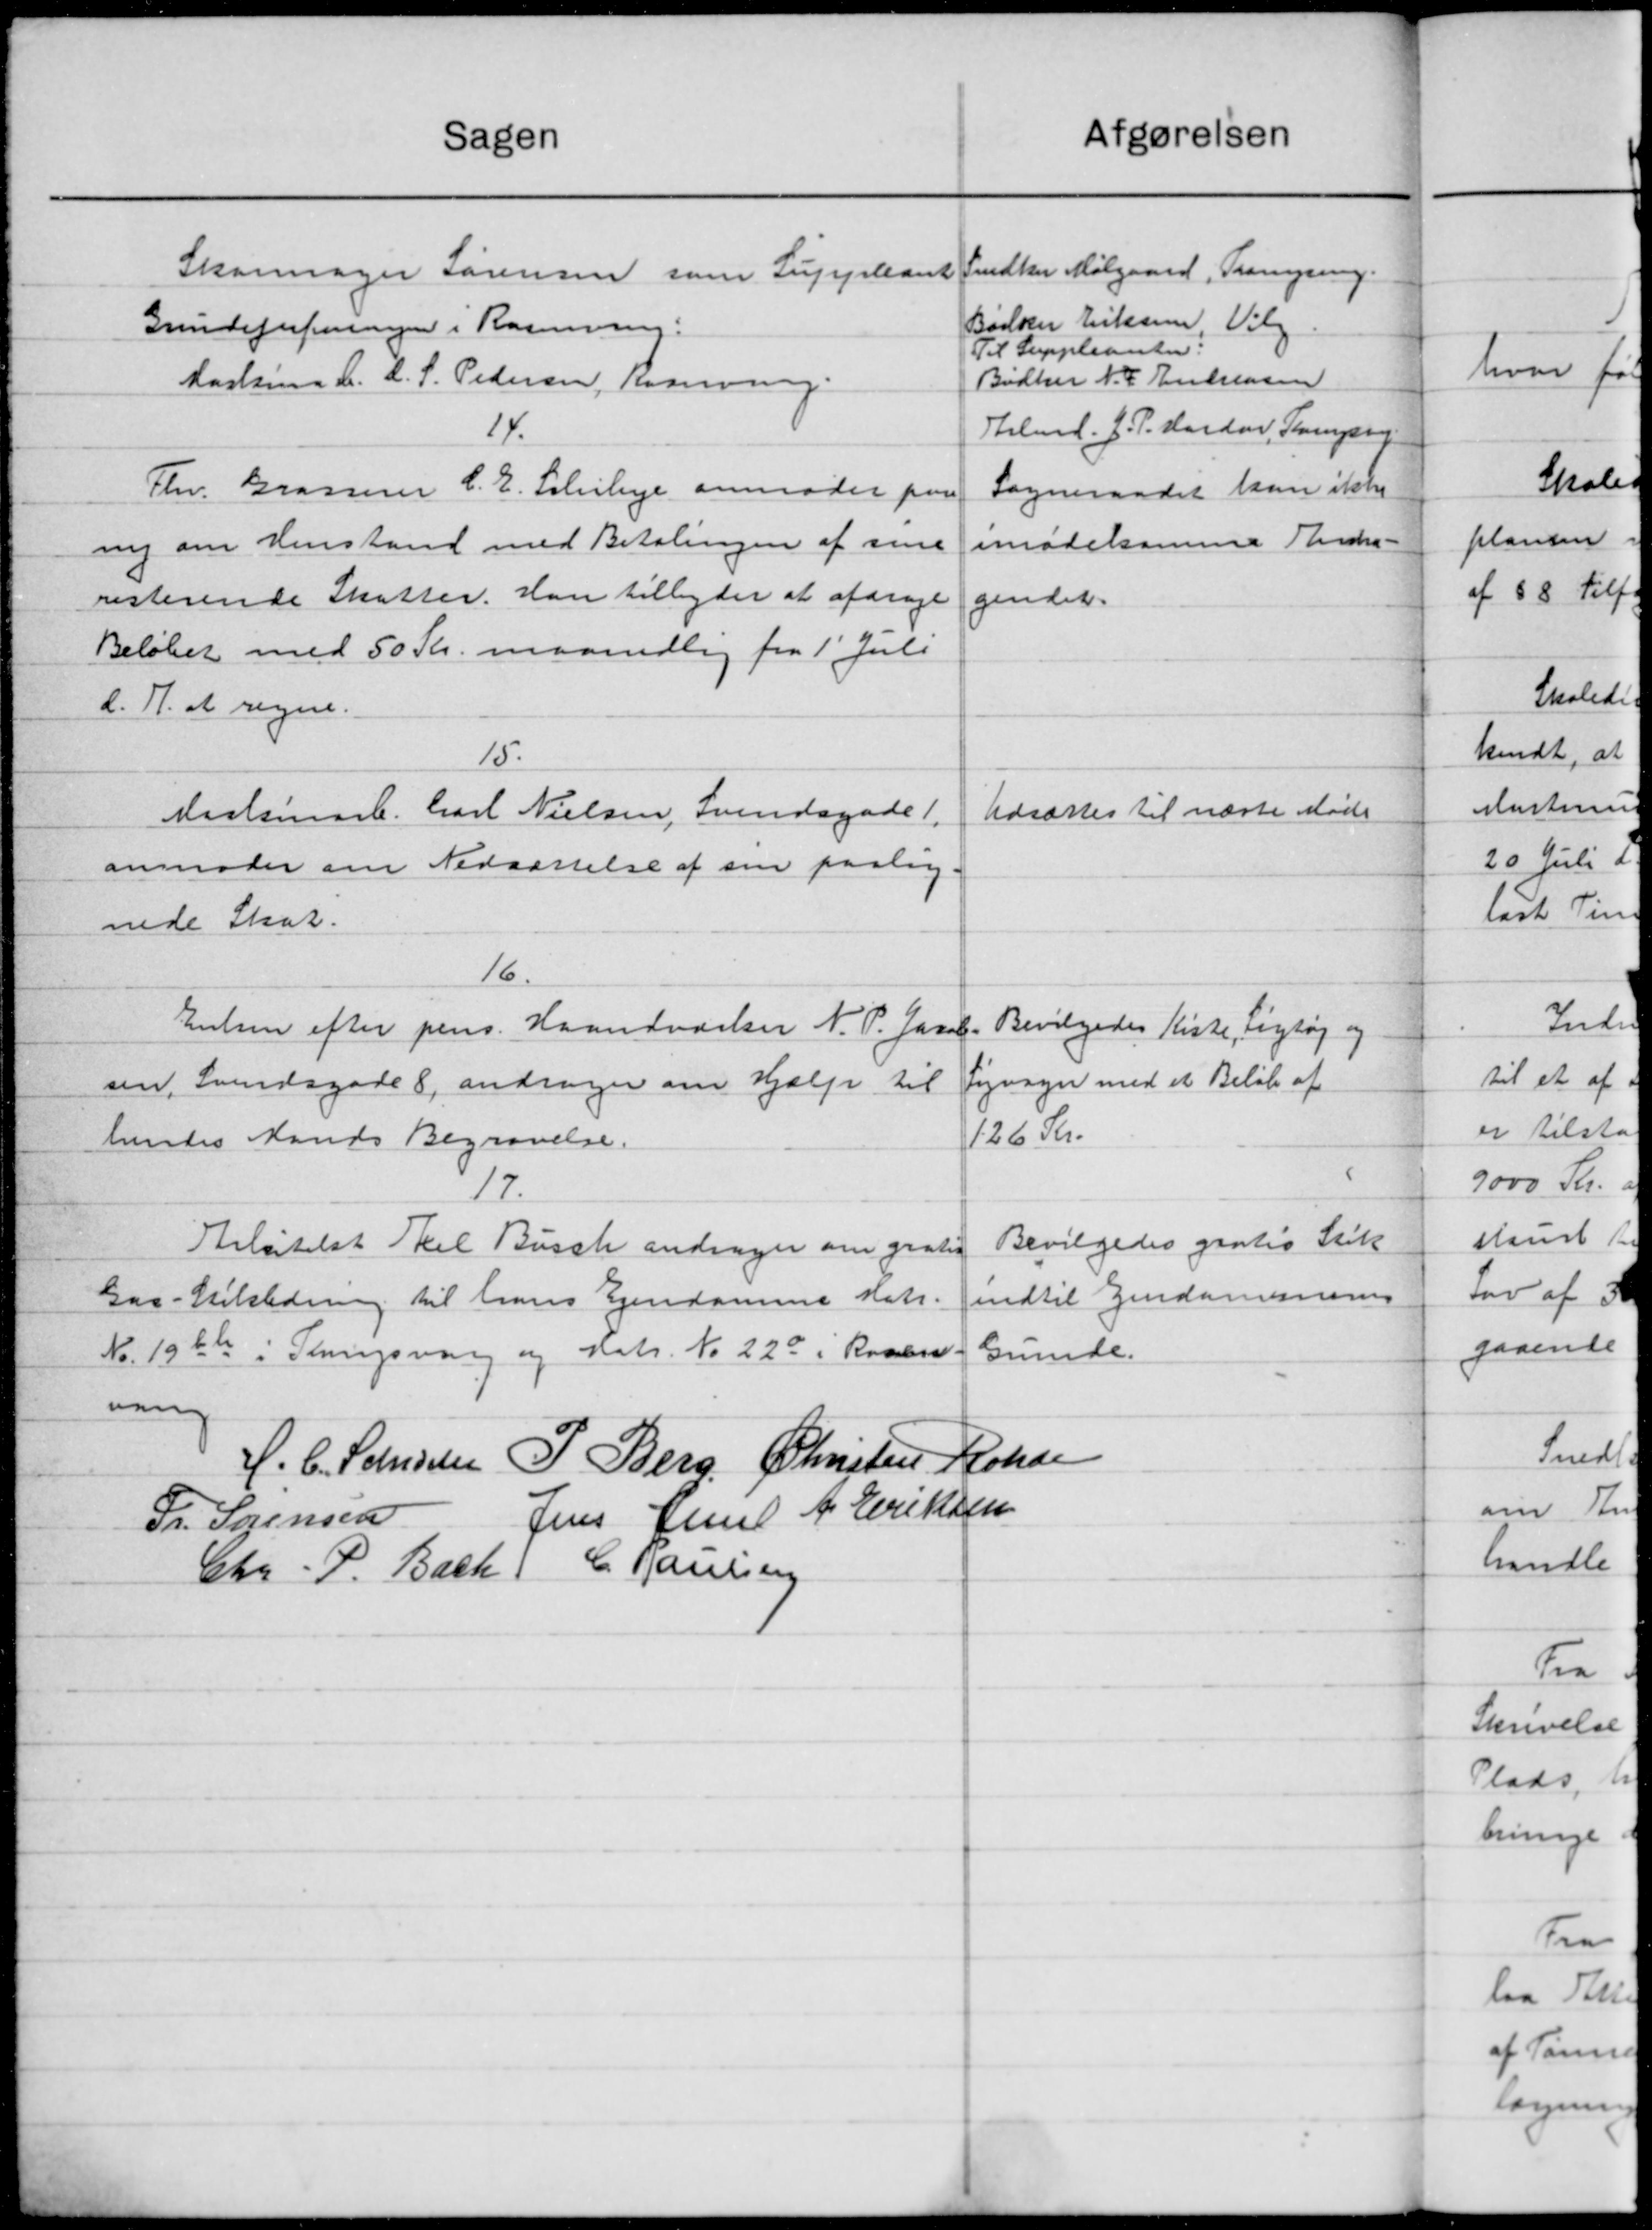
Transskription:
Afgørelsen
Sagen
Lindker Mølgaard, Tremning.
Skomager Sørensen som Suppleant
Bødoen Eriksen, Valg
Grindeforeningen i Rasmussen:
Til Suppleanter:
Bødker N. C. Endensen
Maskine A. C. S. Pedersen, Kossving.
ilmd. J. P. Hardan, Trampen
14.
Thv. Grasserer C. E. Schibye anmoder paa
Sogneraadet kan ikke
ny om Henstand med Betalingen af sine
mødesamme Andra-
resterende Skatter. Han tilbyder at afdrage
gendet.
Beløbet med 50 Kr. maanedlig fra 1 Juli
d. A. at regne.
15.
Udsættes til næste Møde
Maskinarb. Carl Nielsen, Svendsgade 1,
anmoder om Nedsættelse af sin paalag.
nede Skat.
16.
Enken efter pens. Haandværker N. P. Jacobs
Bevilgedes Kiste, Ligtøj og
Segnsyn med et Beløb af
sen, Svendsgade 8, andrager om Hjælp til
126 Kr.
hentes Mands Begravelse.
8
17.
Bevilgedes gratis Stik
Bilstilst Skel Busch andrager om grati
indtil Gendommerne
Gaa-Stikledning til hans Ejendomme stats-
Nr. 1946 i Thingsvang og Matr. No. 220 i Raabs.
Grunde.
ning
J. C. Larsen P. Berg, Christen Rohde
Jens Knud A. Eriksen
Fr. Sørensen
Chr. P. Bach, C. Hansen